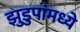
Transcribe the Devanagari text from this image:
झुडुपांमध्ये